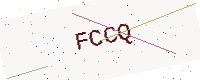
Text: FCCQ